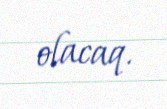
olacaq.